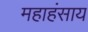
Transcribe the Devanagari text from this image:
महाहंसाय